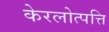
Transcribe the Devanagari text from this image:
केरलोत्पत्ति